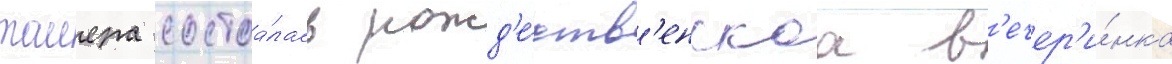
таиера состоа́лась рожд'е́ств'енскаа в'ечер'и́нка